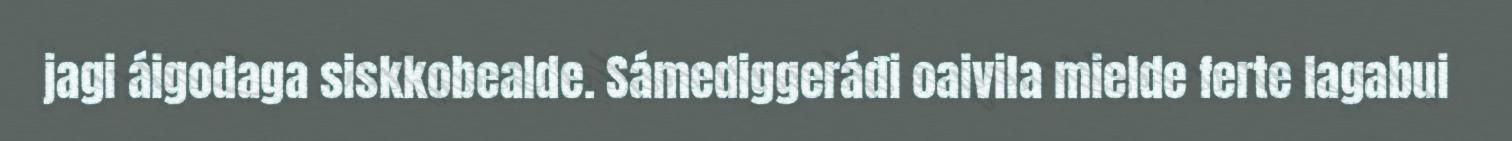
jagi áigodaga siskkobealde. Sámediggeráđi oaivila mielde ferte lagabui